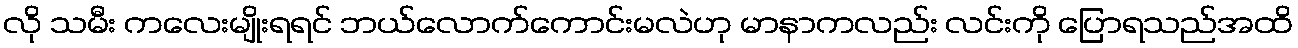
လို သမီး ကလေးမျိုးရရင် ဘယ်လောက်ကောင်းမလဲဟု မာနာကလည်း လင်းကို ပြောရသည်အထိ